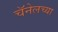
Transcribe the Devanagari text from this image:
चॅनेलच्या